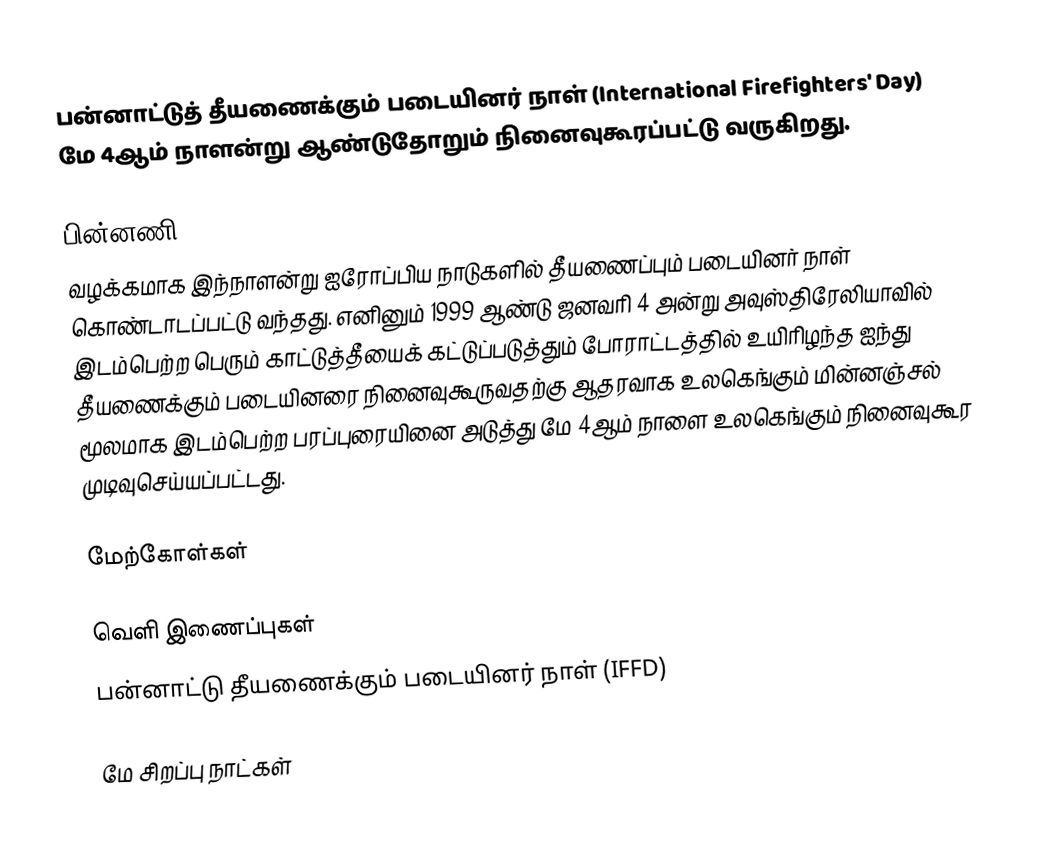
பன்னாட்டுத் தீயணைக்கும் படையினர் நாள் (International Firefighters' Day) மே 4ஆம் நாளன்று ஆண்டுதோறும் நினைவுகூரப்பட்டு வருகிறது.

பின்னணி
வழக்கமாக இந்நாளன்று ஐரோப்பிய நாடுகளில் தீயணைப்பும் படையினர் நாள் கொண்டாடப்பட்டு வந்தது. எனினும் 1999 ஆண்டு ஜனவரி 4 அன்று அவுஸ்திரேலியாவில் இடம்பெற்ற பெரும் காட்டுத்தீயைக் கட்டுப்படுத்தும் போராட்டத்தில் உயிரிழந்த ஐந்து தீயணைக்கும் படையினரை நினைவுகூருவதற்கு ஆதரவாக உலகெங்கும் மின்னஞ்சல் மூலமாக இடம்பெற்ற பரப்புரையினை அடுத்து மே 4ஆம் நாளை உலகெங்கும் நினைவுகூர முடிவுசெய்யப்பட்டது.

மேற்கோள்கள்

வெளி இணைப்புகள்
 பன்னாட்டு தீயணைக்கும் படையினர் நாள் (IFFD)

மே சிறப்பு நாட்கள்